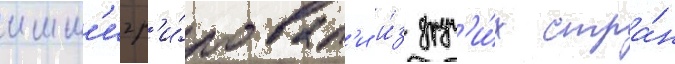
имм'игр'и́ровал'и и́з друг'и́х стра́н